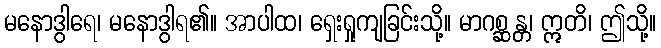
မနောဒွါရေ၊ မနောဒွါရ၏။ အာပါထ၊ ရှေးရှုကျခြင်းသို့။ မာဂစ္ဆန္တ၊ ဣတိ၊ ဤသို့။